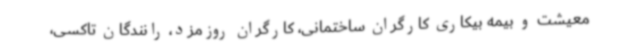
معیشت و بیمه بیکاری کارگران ساختمانی، کارگران روزمزد، رانندگان تاکسی،